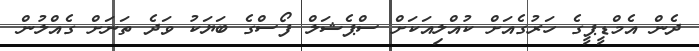
ދެން އެމްޑީޕީގެ ހަރުގެއަށް ކުއްލިއަކަށް ސްޕެޝަލް ފޯސްގެ ބަޔަކު ވަދެ ތަނަށް ގެއްލުން